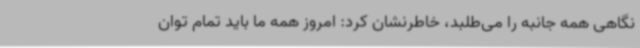
نگاهی همه جانبه را می‌طلبد، خاطرنشان کرد: امروز همه ما باید تمام توان